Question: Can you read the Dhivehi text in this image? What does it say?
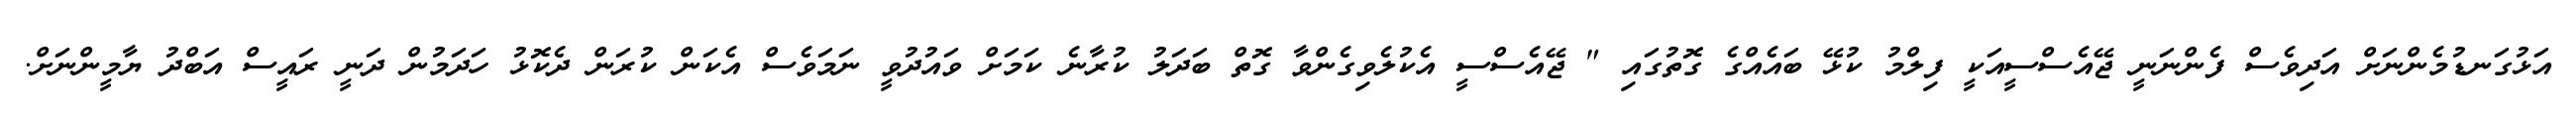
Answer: އަޅުގަނޑުމެންނަށް އަދިވެސް ފެންނަނީ ޖޭއެސްސީއަކީ ފިލްމު ކުޅޭ ބައެއްގެ ގޮތުގައި " ޖޭއެސްސީ އެކުލެވިގެންވާ ގޮތް ބަދަލު ކުރާނެ ކަމަށް ވައުދުވީ ނަމަވެސް އެކަން ކުރަން ދެކޮޅު ހަދަމުން ދަނީ ރައީސް އަބްދު ޔާމީންނަށް.